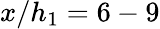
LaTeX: x/h_{1}=6-9